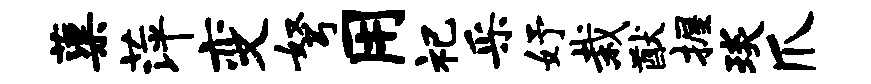
蕖萍变弩用祀采妤栽猷握琰爪